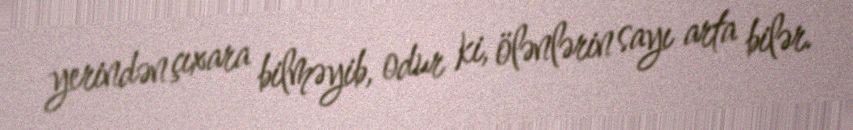
yerindən çıxara bilməyib, odur ki, ölənlərin sayı arta bilər.